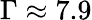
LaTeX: \Gamma\approx 7.9